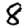
Digit: 8